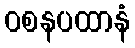
ဝစနပထာနံ